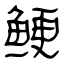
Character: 鲠